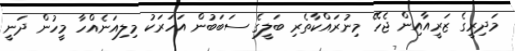
މަދިރީގެ ޒަރީއާއިން ޖެހޭ މިނުރައްކާތެރި ބަލީގެ ސަބަބުން އަހަރަކު މިލިއަނެއްހާ މީހުން ދަނީ